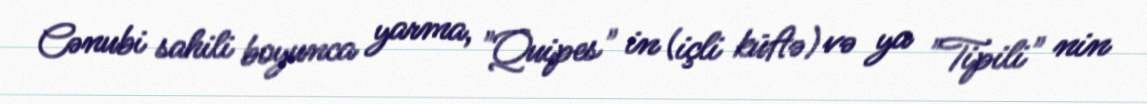
Cənubi sahili boyunca yarma, "Quipes" in (içli küftə) və ya "Tipili" nin